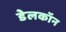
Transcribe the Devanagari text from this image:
डेलकॉन